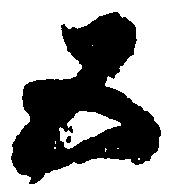
五